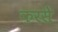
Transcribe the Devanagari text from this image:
करसे